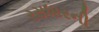
રસધારની